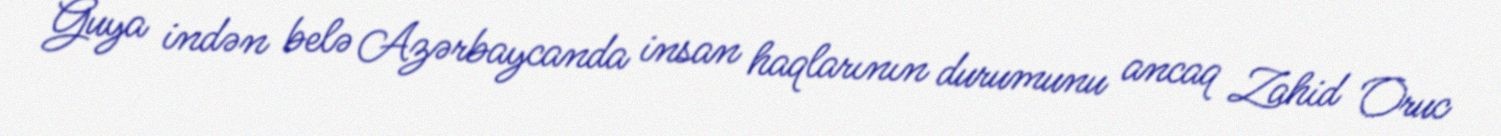
Guya indən belə Azərbaycanda insan haqlarının durumunu ancaq Zahid Oruc